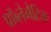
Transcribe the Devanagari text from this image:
प्रॉब्लेमैटिक